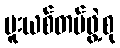
မူးယစ်တပ်ဖွဲ့စု